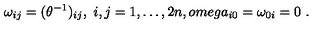
\omega _ { i j } = ( \theta ^ { - 1 } ) _ { i j } , \ i , j = 1 , \dots , 2 n , o m e g a _ { i 0 } = \omega _ { 0 i } = 0 \ .